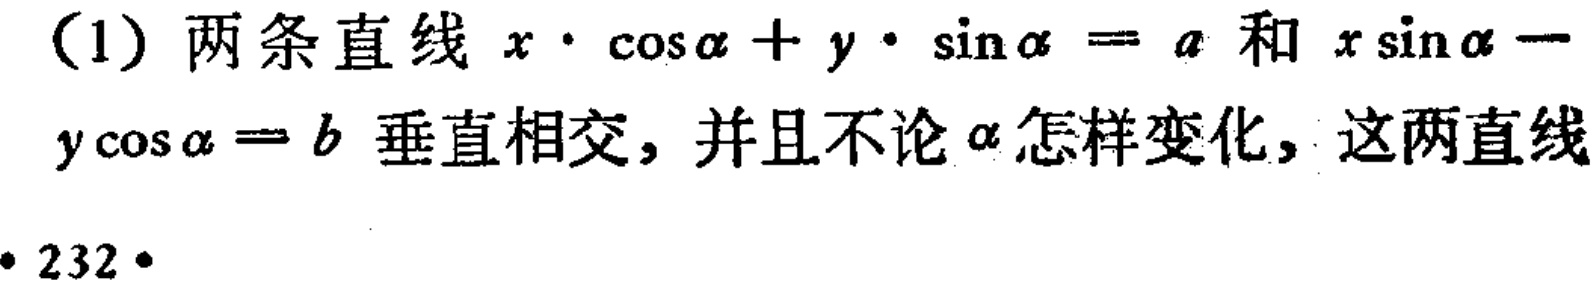
（1）两条直线 \(x\cdot\cos\alpha + y\cdot\sin\alpha = a\) 和 \(x\sin\alpha - y\cos\alpha = b\) 垂直相交，并且不论 \(\alpha\) 怎样变化，这两直线
• 232•